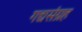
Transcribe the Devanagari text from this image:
गद्यसंग्रह